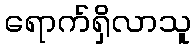
ရောက်ရှိလာသူ